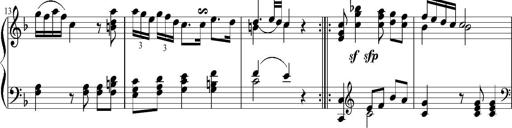
Title: 12 Sonatinas for Piano
Composer: Johann Baptist Vanhal